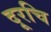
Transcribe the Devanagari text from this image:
दूरचि